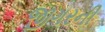
જીગરની